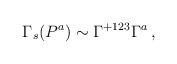
LaTeX: \begin{align*}\Gamma_{s}(P^{a})\sim \Gamma^{+123}\Gamma^{a}\, ,\end{align*}